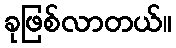
ခုဖြစ်လာတယ်။